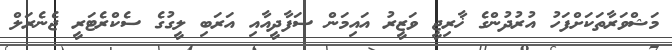
މަޝްވަރާތަކަށްފަހު އުރުދުންގެ ޚާރިޖީ ވަޒީރު އައިމަން ސަފާދީއާއި އަރަބި ލީގުގެ ސެކްރެޓަރީ ޖެނެރަލް